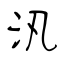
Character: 汛